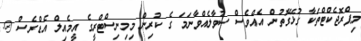
މިޕްރޮޖެކްޓްތަކާ ގުޅޭގޮތުން އެއްވެސް ސުވާލެއްވާނަމަ ގެ ކުރިން މިމިނިސްޓްރީގެ އީމެއިލް އެޑްރެސް @.